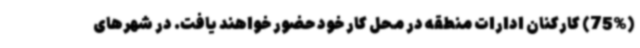
(75%) کارکنان ادارات منطقه در محل کار خود حضور خواهند یافت. در شهرهای